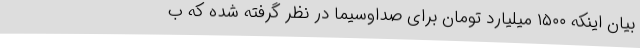
بیان اینکه ۱۵۰۰ میلیارد تومان برای صداوسیما در نظر گرفته شده که ب